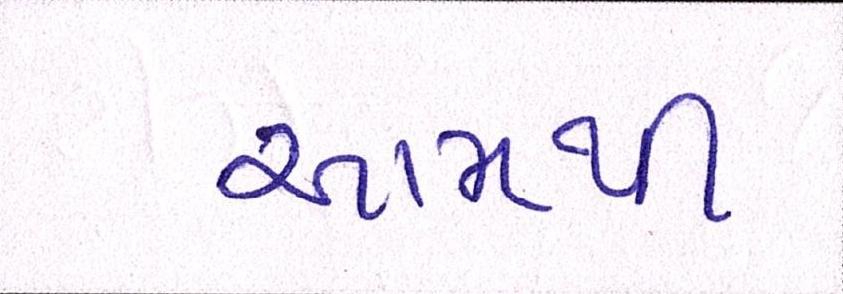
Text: આમથી